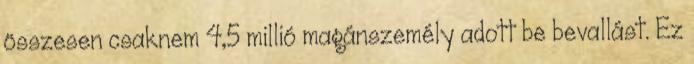
összesen csaknem 4,5 millió magánszemély adott be bevallást. Ez